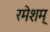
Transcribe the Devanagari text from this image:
रमेशम्